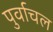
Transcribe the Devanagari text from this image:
पुर्वाचल